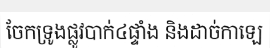
ចែកទ្រូងផ្លូវបាក់៤ផ្ទាំង និងដាច់កាឡេ